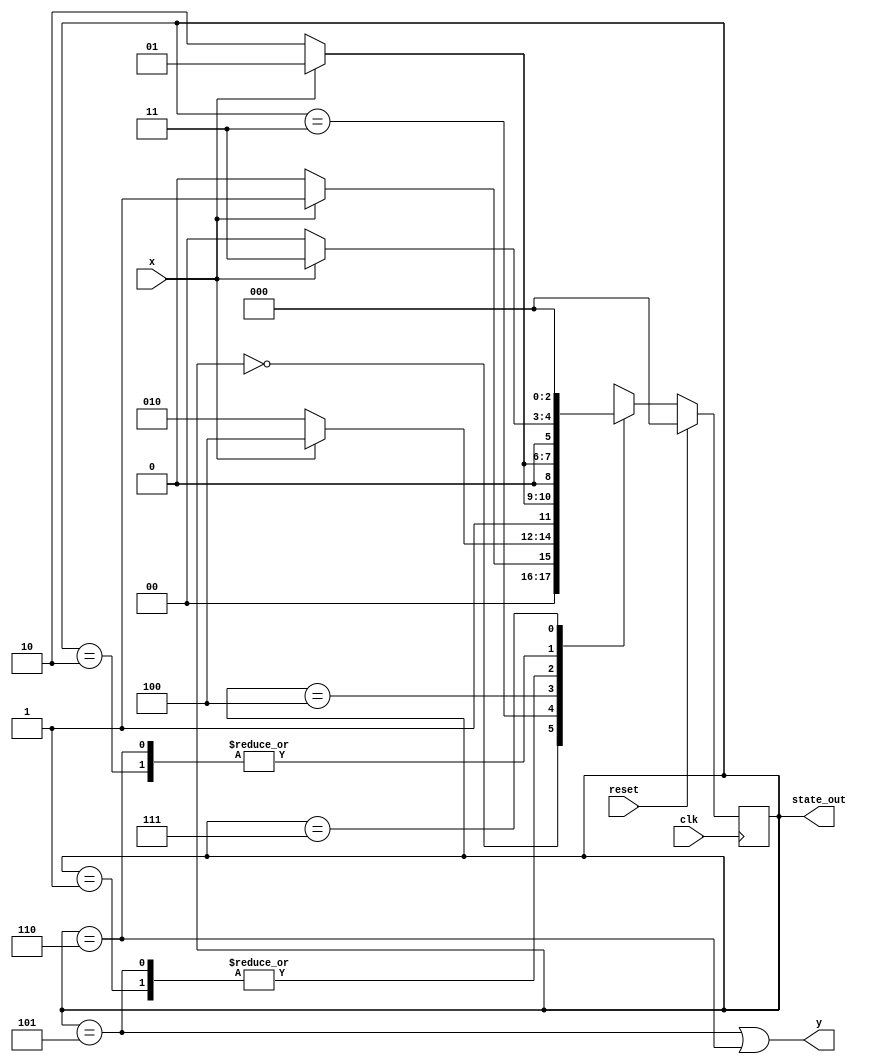
module fsm(x, y, clk, reset, state_out);

// Inputs:
input wire x, clk, reset;

// Outputs:
output wire y;
output wire [2:0] state_out;

// Internal representation (state):
reg [2:0] State;
reg [2:0] NextState;

// State Encoding Parameters: 
localparam 	STATE_Initial = 3'b000,
			STATE_1 = 3'b001,
		 	STATE_2 = 3'b010,
			STATE_3 = 3'b011,
			STATE_4 = 3'b100,
			STATE_5 = 3'b101,
			STATE_6 = 3'b110,
			STATE_7_UNUSED = 3'b111;

// Implement state updating (note non-blocking assignment operator)
always @(posedge clk) begin
	if (reset) State <= STATE_Initial;
	else State <= NextState;
end

// Now handle output (y) value
assign y = (State == STATE_5) | (State == STATE_6);
assign state_out = State;

// Implement the actual state transition based on the current state and the input value
// Note the use of blocking assignment here
always @(*) begin
	NextState = State;
	case (State) 
		STATE_Initial: begin
			if (x) NextState = STATE_1;
			else NextState = STATE_Initial;
		end
		STATE_1 : begin
			if (x) NextState = STATE_1;
			else NextState = STATE_2;
		end
		STATE_2 : begin
			if (x) NextState = STATE_3;
			else NextState = STATE_Initial;
		end
		STATE_3 : begin
			if (x) NextState = STATE_4;
			else NextState = STATE_2;
		end
		STATE_4 : begin
			if (x) NextState = STATE_5;
			else NextState = STATE_6;
		end
		STATE_5 : begin
			if (x) NextState = STATE_1;
			else NextState = STATE_2;
		end
		STATE_6 : begin
			if (x) NextState = STATE_3;
			else NextState = STATE_Initial;
		end
		STATE_7_UNUSED : begin
			NextState = STATE_Initial;
		end
	endcase
end

endmodule